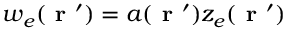
w _ { e } ( \textbf { r } ^ { \prime } ) = a ( \textbf { r } ^ { \prime } ) z _ { e } ( \textbf { r } ^ { \prime } )